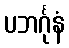
ပဘင်္ဂုနံ